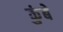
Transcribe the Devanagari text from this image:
कुंबे